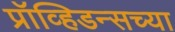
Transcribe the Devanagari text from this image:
प्रॉव्हिडन्सच्या